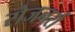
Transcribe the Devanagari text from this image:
रोजनर्रा